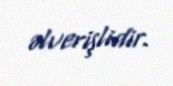
əlverişlidir.